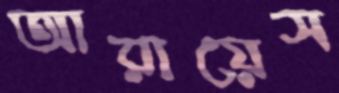
আরায়েস